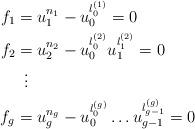
LaTeX: \begin{align*} f_1&=u_1^{n_1}-u_0^{ l_0^{(1)}}=0\\ f_2&=u_2^{n_2}-u_0^{ l_0^{(2)}}u_1^{ l_1^{(2)}}=0\\ &\;\;\vdots\\ f_g&=u_g^{n_g}-u_0^{ l_0^{(g)}}\dots u_{g-1}^{ l_{g-1}^{(g)}}=0 \end{align*}